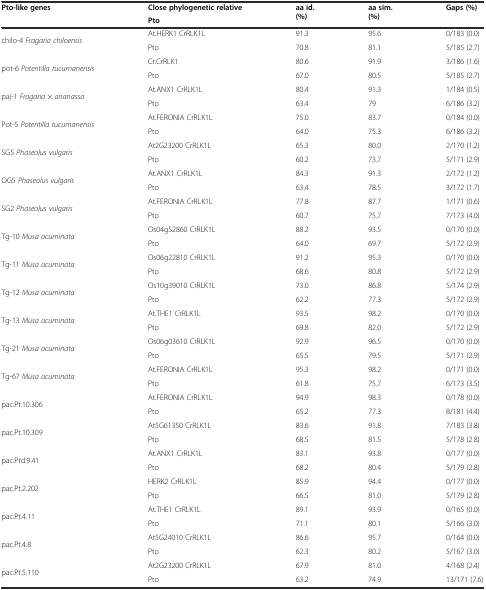
<table><thead><tr><td><b>Pto-like genes</b></td><td><b>Close phylogenetic relativePto</b></td><td><b>aa id.(%)</b></td><td><b>aa sim.(%)</b></td><td><b>Gaps (%)</b></td></tr></thead><tbody><tr><td rowspan="2">chilo-4 <i>Fragaria chiloensis</i></td><td>At.HERK1 CrRLK1L</td><td>91.3</td><td>95.6</td><td>0/183 (0.0)</td></tr><tr><td>Pto</td><td>70.8</td><td>81.1</td><td>5/185 (2.7)</td></tr><tr><td rowspan="2">pot-6 <i>Potentilla tucumanensis</i></td><td>Cr.CrRLK1</td><td>80.6</td><td>91.9</td><td>3/186 (1.6)</td></tr><tr><td>Pto</td><td>67.0</td><td>80.5</td><td>5/185 (2.7)</td></tr><tr><td rowspan="2">paj-1 <i>Fragaria</i> × <i>ananassa</i></td><td>At.ANX1 CrRLK1L</td><td>80.4</td><td>91.3</td><td>1/184 (0.5)</td></tr><tr><td>Pto</td><td>63.4</td><td>79</td><td>6/186 (3.2)</td></tr><tr><td rowspan="2">Pot-5 <i>Potentilla tucumanensis</i></td><td>At.FERONIA CrRLK1L</td><td>75.0</td><td>83.7</td><td>0/184 (0.0)</td></tr><tr><td>Pto</td><td>64.0</td><td>75.3</td><td>6/186 (3.2)</td></tr><tr><td rowspan="2">SG5 <i>Phaseolus vulgaris</i></td><td>At2G23200 CrRLK1L</td><td>65.3</td><td>80.0</td><td>2/170 (1.2)</td></tr><tr><td>Pto</td><td>60.2</td><td>73.7</td><td>5/171 (2.9)</td></tr><tr><td rowspan="2">OG5 <i>Phaseolus vulgaris</i></td><td>At.ANX1 CrRLK1L</td><td>84.3</td><td>91.3</td><td>2/172 (1.2)</td></tr><tr><td>Pto</td><td>63.4</td><td>78.5</td><td>3/172 (1.7)</td></tr><tr><td rowspan="2">SG2 <i>Phaseolus vulgaris</i></td><td>At.FERONIA CrRLK1L</td><td>77.8</td><td>87.7</td><td>1/171 (0.6)</td></tr><tr><td>Pto</td><td>60.7</td><td>75.7</td><td>7/173 (4.0)</td></tr><tr><td rowspan="2">Tg-10 <i>Musa acuminata</i></td><td>Os04g52860 CrRLK1L</td><td>88.2</td><td>93.5</td><td>0/170 (0.0)</td></tr><tr><td>Pto</td><td>64.0</td><td>69.7</td><td>5/172 (2.9)</td></tr><tr><td rowspan="2">Tg-11 <i>Musa acuminata</i></td><td>Os06g22810 CrRLK1L</td><td>91.2</td><td>95.3</td><td>0/170 (0.0)</td></tr><tr><td>Pto</td><td>68.6</td><td>80.8</td><td>5/172 (2.9)</td></tr><tr><td rowspan="2">Tg-12 <i>Musa acuminata</i></td><td>Os10g39010 CrRLK1L</td><td>73.0</td><td>86.8</td><td>5/174 (2.9)</td></tr><tr><td>Pto</td><td>62.2</td><td>77.3</td><td>5/172 (2.9)</td></tr><tr><td rowspan="2">Tg-13 <i>Musa acuminata</i></td><td>At.THE1 CrRLK1L</td><td>93.5</td><td>98.2</td><td>0/170 (0.0)</td></tr><tr><td>Pto</td><td>69.8</td><td>82.0</td><td>5/172 (2.9)</td></tr><tr><td rowspan="2">Tg-21 <i>Musa acuminata</i></td><td>Os06g03610 CrRLK1L</td><td>92.9</td><td>96.5</td><td>0/170 (0.0)</td></tr><tr><td>Pto</td><td>65.5</td><td>79.5</td><td>5/171 (2.9)</td></tr><tr><td rowspan="2">Tg-67 <i>Musa acuminata</i></td><td>At.FERONIA CrRLK1L</td><td>95.3</td><td>98.2</td><td>0/171 (0.0)</td></tr><tr><td>Pto</td><td>61.8</td><td>75.7</td><td>6/173 (3.5)</td></tr><tr><td rowspan="2">pac.Pt.10.306</td><td>At.FERONIA CrRLK1L</td><td>94.9</td><td>98.3</td><td>0/178 (0.0)</td></tr><tr><td>Pto</td><td>65.2</td><td>77.3</td><td>8/181 (4.4)</td></tr><tr><td rowspan="2">pac.Pt.10.309</td><td>At5G61350 CrRLK1L</td><td>83.6</td><td>91.8</td><td>7/183 (3.8)</td></tr><tr><td>Pto</td><td>68.5</td><td>81.5</td><td>5/178 (2.8)</td></tr><tr><td rowspan="2">pac.Ptd.9.41</td><td>At.ANX1 CrRLK1L</td><td>83.1</td><td>93.8</td><td>0/177 (0.0)</td></tr><tr><td>Pto</td><td>68.2</td><td>80.4</td><td>5/179 (2.8)</td></tr><tr><td rowspan="2">pac.Pt.2.202</td><td>HERK2 CrRLK1L</td><td>85.9</td><td>94.4</td><td>0/177 (0.0)</td></tr><tr><td>Pto</td><td>66.5</td><td>81.0</td><td>5/179 (2.8)</td></tr><tr><td rowspan="2">pac.Pt.4.11</td><td>At.THE1 CrRLK1L</td><td>89.1</td><td>93.9</td><td>0/165 (0.0)</td></tr><tr><td>Pto</td><td>71.1</td><td>80.1</td><td>5/166 (3.0)</td></tr><tr><td rowspan="2">pac.Pt.4.8</td><td>At5G24010 CrRLK1L</td><td>86.6</td><td>95.7</td><td>0/164 (0.0)</td></tr><tr><td>Pto</td><td>62.3</td><td>80.2</td><td>5/167 (3.0)</td></tr><tr><td>pac.Pt.5.110</td><td>At2G23200 CrRLK1L</td><td>67.9</td><td>81.0</td><td>4/168 (2.4)</td></tr><tr><td></td><td>Pto</td><td>63.2</td><td>74.9</td><td>13/171 (7.6)</td></tr></tbody></table>